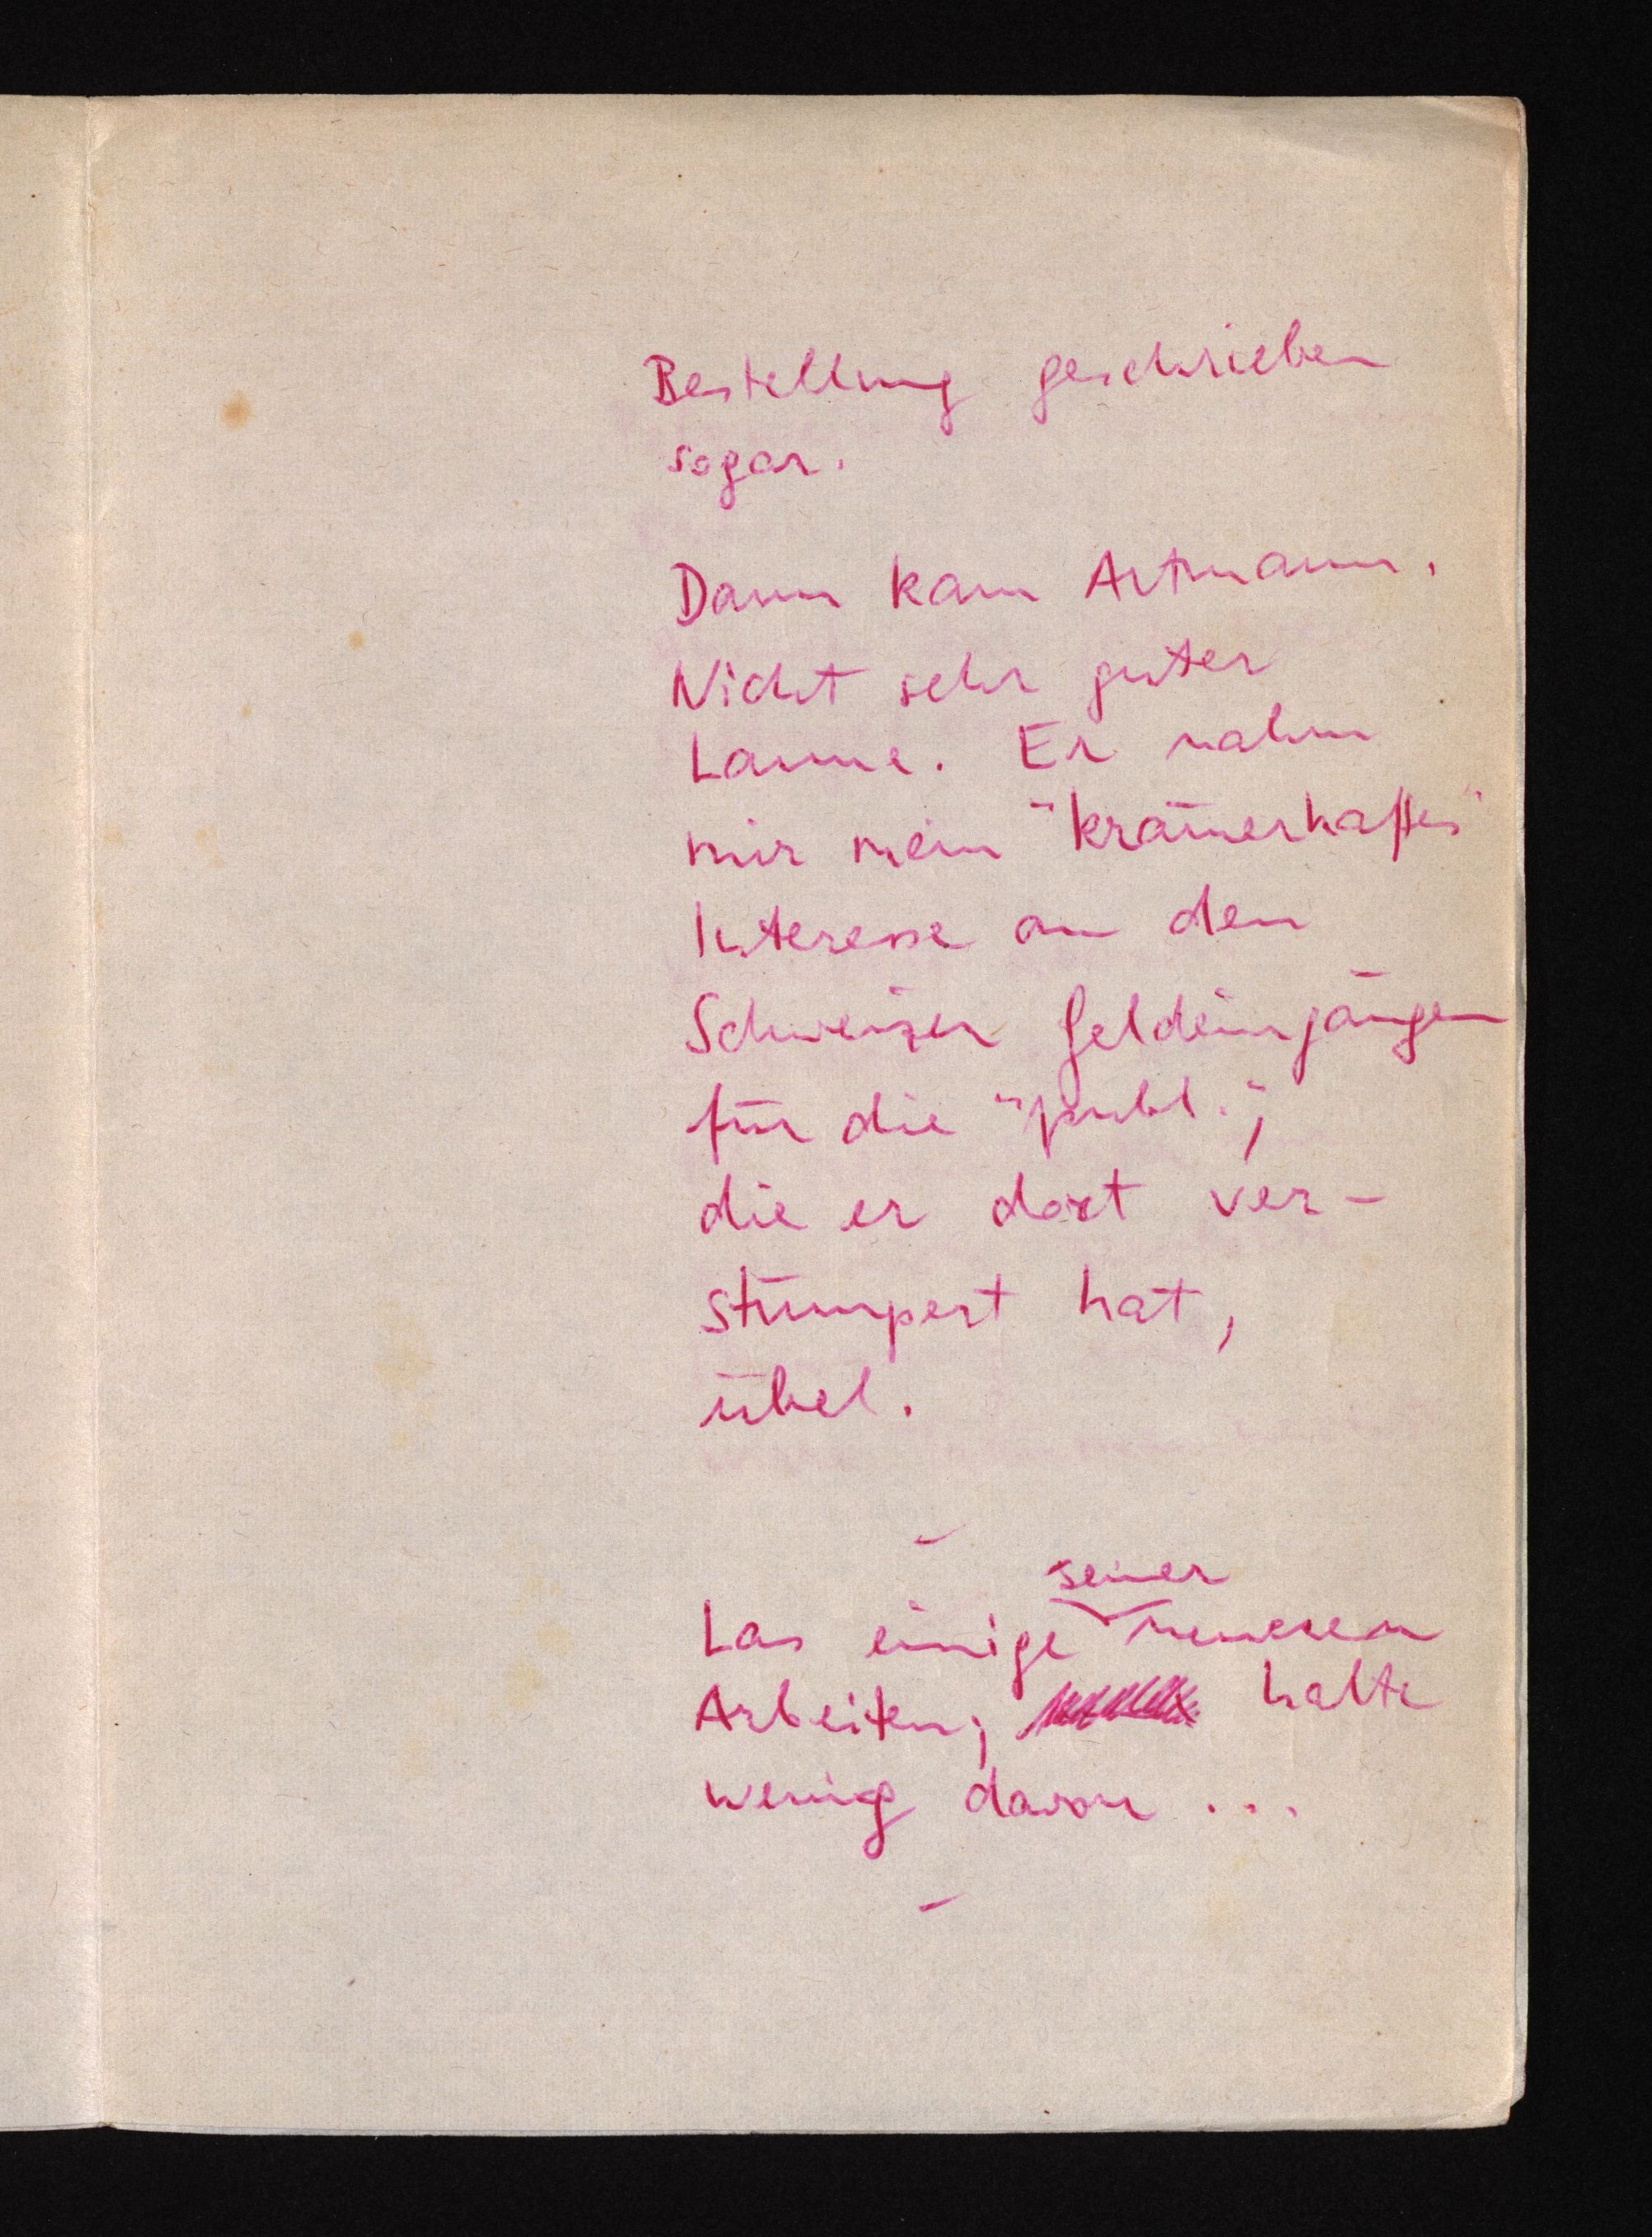
Bestellung geschrieben
sogar.
Dann kam Artmann.
Nicht sehr guter
Laune. Er nahm
mir mein "krämerhaftes"
Interesse an den
Schweizer Geldeingängen
für die "publ.",
die er dort ver¬
stümpert hat,
übel.
seiner
Las einige neueren
Arbeiten; halte
wenig davon..